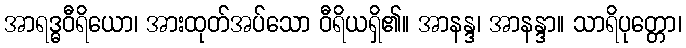
အာရဒ္ဓဝီရိယော၊ အားထုတ်အပ်သော ဝီရိယရှိ၏။ အာနန္ဒ၊ အာနန္ဒာ။ သာရိပုတ္တော၊